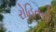
રોહિતનો